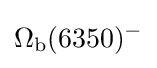
\Omega _{\rm {b}}(6350)^{-}